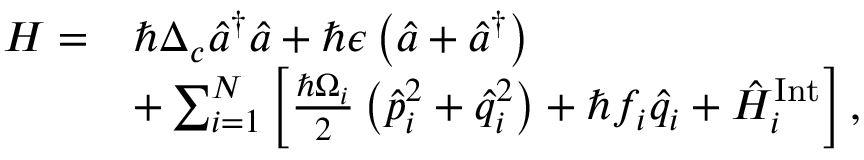
\begin{array} { r l } { H = } & { \hbar \Delta _ { c } \hat { a } ^ { \dagger } \hat { a } + \hbar \epsilon \left( \hat { a } + \hat { a } ^ { \dagger } \right) } \\ & { + \sum _ { i = 1 } ^ { N } \left[ \frac { \hbar \Omega _ { i } } { 2 } \left( \hat { p } _ { i } ^ { 2 } + \hat { q } _ { i } ^ { 2 } \right) + \hbar f _ { i } \hat { q } _ { i } + \hat { H } _ { i } ^ { \mathrm { I n t } } \right] , } \end{array}